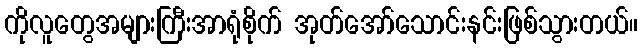
ကိုလူတွေအများကြီးအာရုံစိုက် အုတ်အော်သောင်းနင်းဖြစ်သွားတယ်။